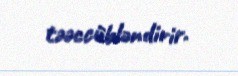
təəccübləndirir.